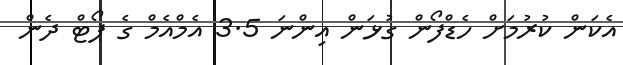
އެކަން ކުރުމަށް ހެޑްފޯން ގުޅަން އިންނަ 3.5 އެމްއެމް ގެ ޕޯޓް ދެން